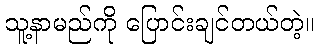
သူ့နာမည်ကို ပြောင်းချင်တယ်တဲ့။